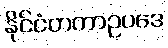
နိုင်ငံတကာဥပဒေ